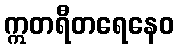
ဣတရီတရေနေဝ